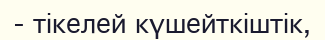
- тікелей күшейткіштік,